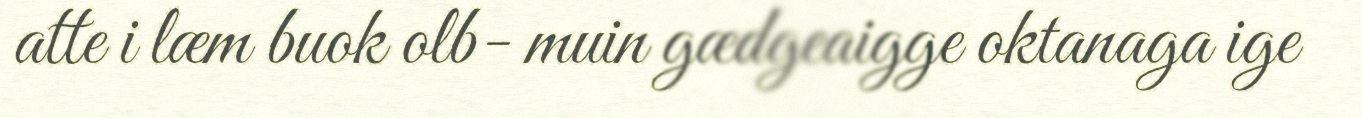
atte i læm buok olb- muin gædgeaigge oktanaga ige